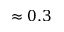
\approx 0 . 3